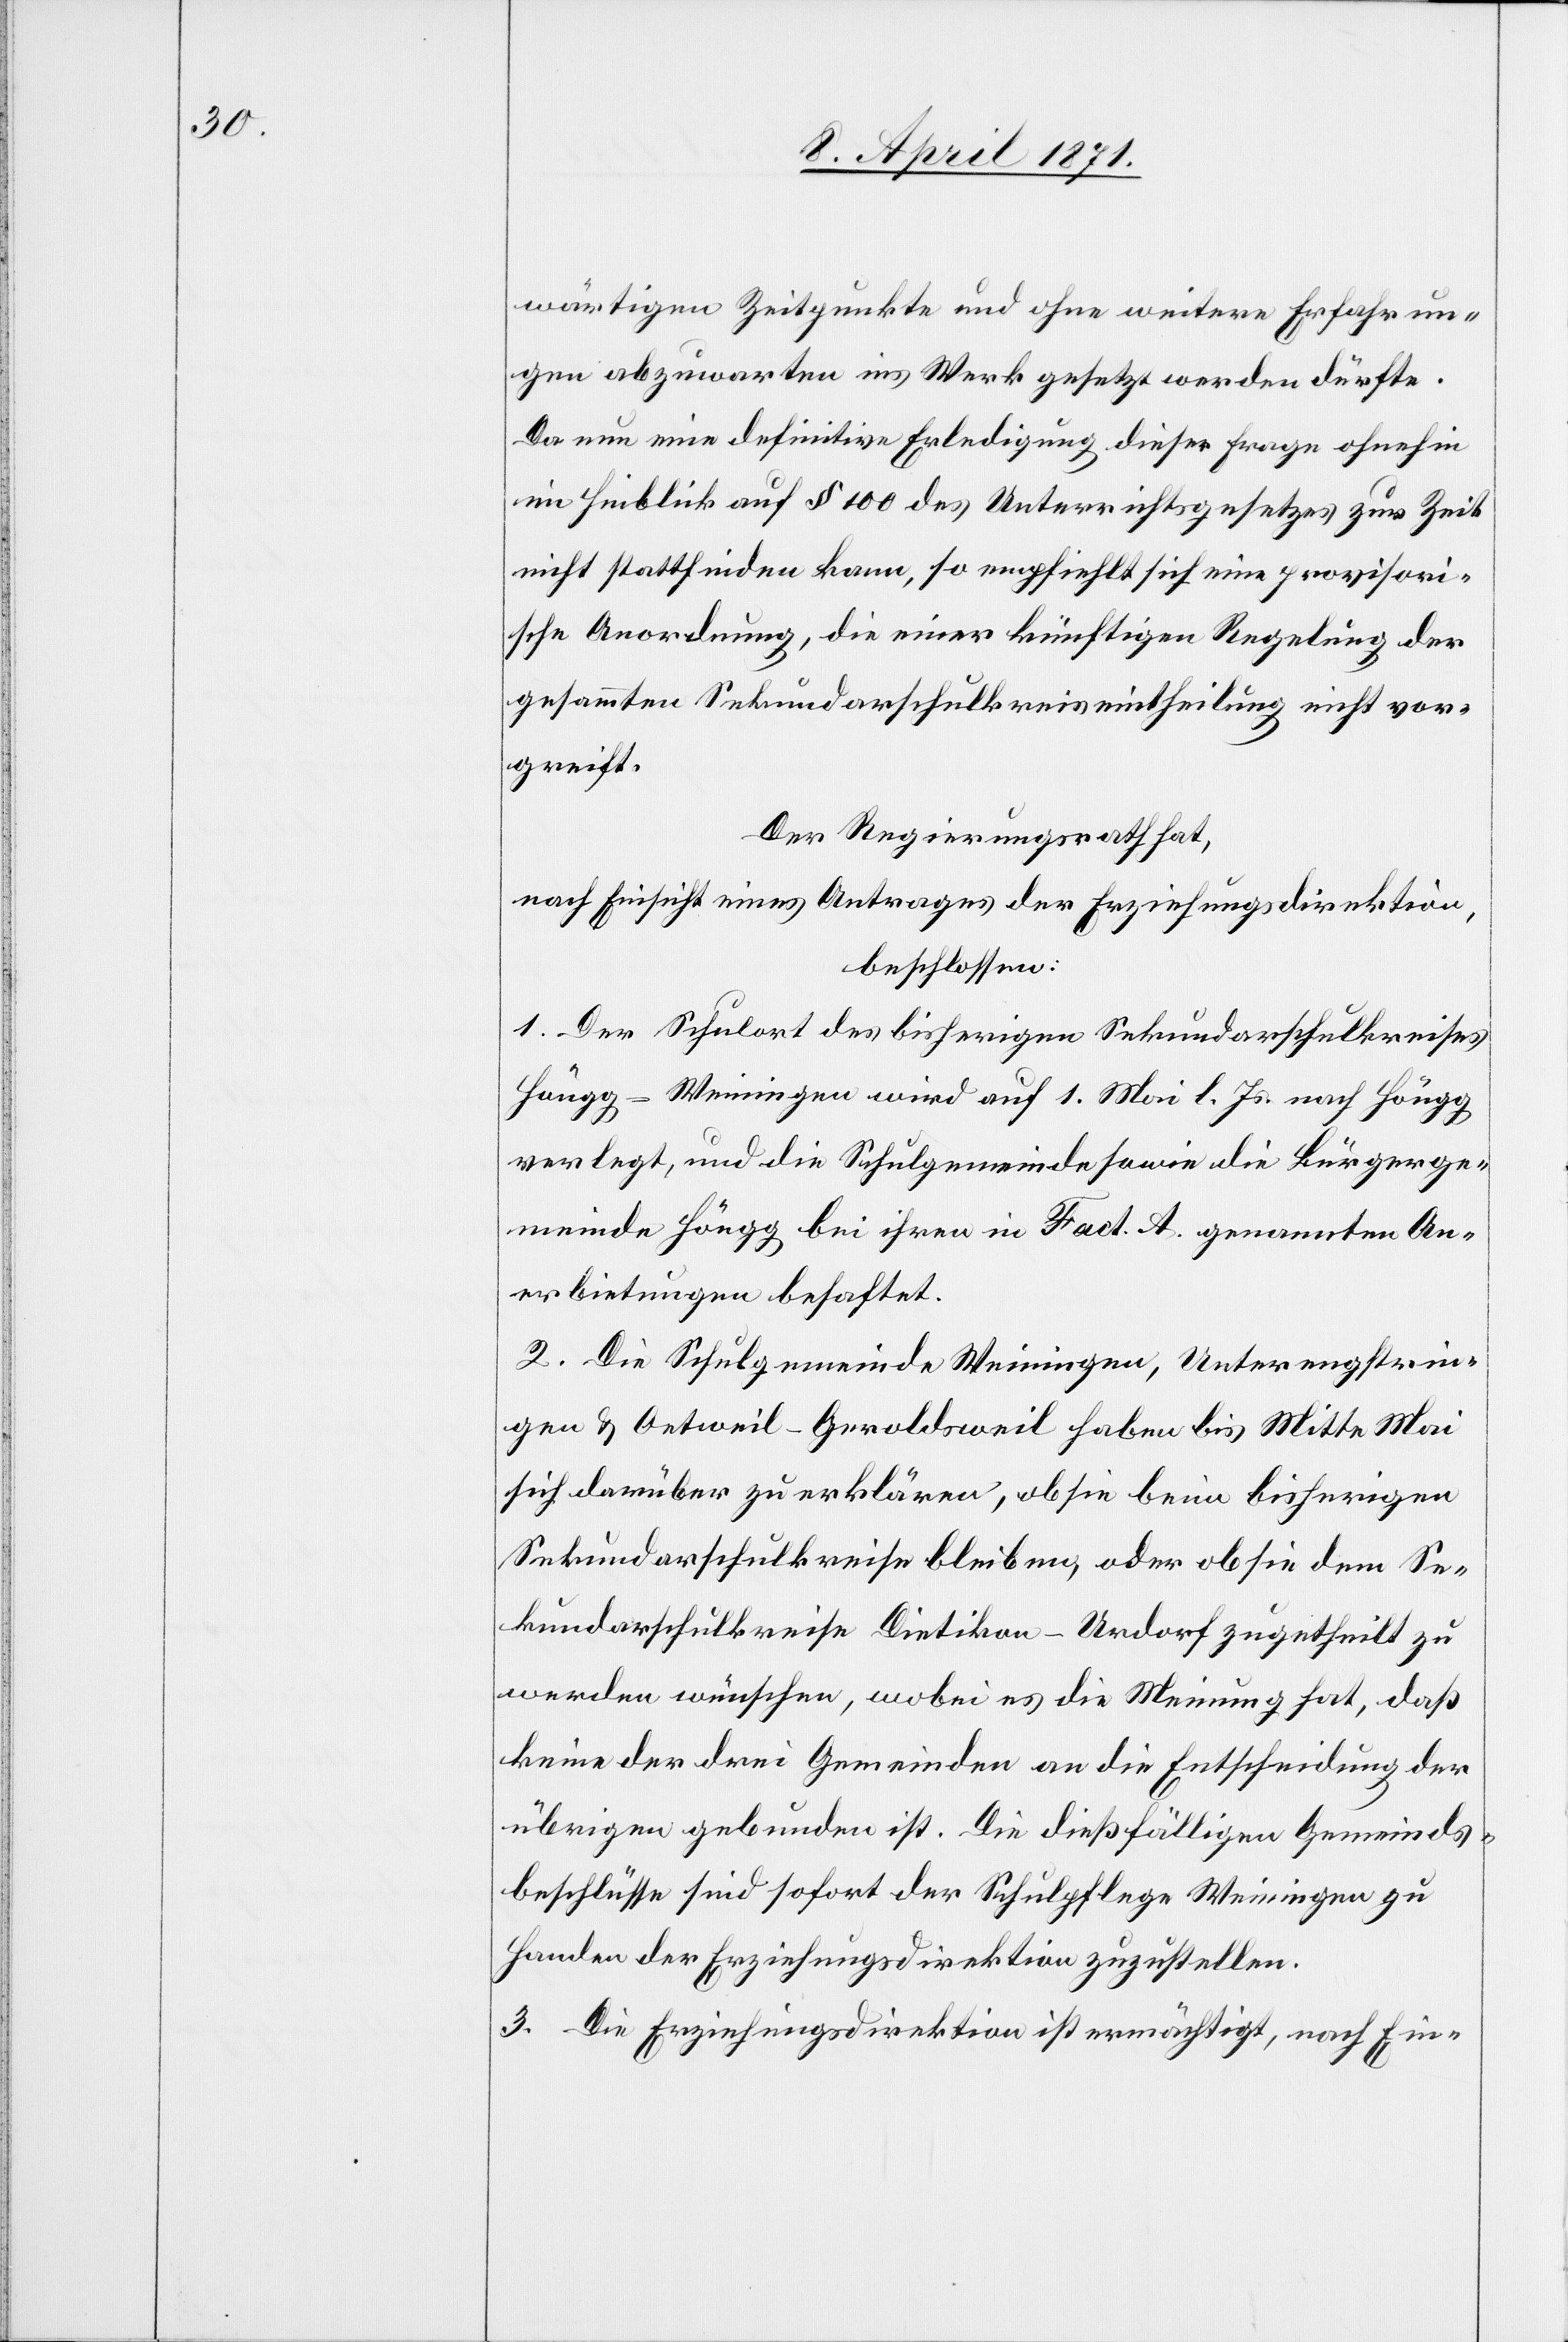
wärtigen Zeitpunkte und ohne weitere Erfahrun¬
gen abzuwarten ins Werk gesetzt werden dürfte.
Da nun eine definitive Erledigung dieser Frage ohnehin
im Hinblick auf § 100 des Unterrichtsgesetzes zur Zeit
nicht stattfinden kann, so empfiehlt sich eine provisori¬
sche Anordnung, die einer künftigen Regelung der
gesammten Sekundarschulkreiseintheilung nicht vor¬
greift.
Der Regierungsrath hat,
nach Einsicht eines Antrages der Erziehungsdirektion,
beschlossen:
1. Der Schulort des bisherigen Sekundarschulkreises
Höngg-Weiningen wird auf 1. Mai l. Js. nach Höngg
verlegt, und die Schulgemeinde sowie die Bürgerge¬
meinde Höngg bei ihren in Fact. A genannten An¬
erbietungen behaftet.
2. Die Schulgemeinde Weiningen, Unterengstrin¬
gen u. Oetweil-Geroldsweil haben bis Mitte Mai
sich darüber zu erklären, ob sie beim bisherigen
Sekundarschulkreis bleiben, oder ob sie dem Se¬
kundarschulkreise Dietikon-Urdorf zugetheilt zu
werden wünschen, wobei es die Meinung hat, daß
keine der drei Gemeinden an die Entscheidung der
übrigen gebunden ist. Die dießfälligen Gemeinds¬
beschlüsse sind sofort der Schulpflege Weiningen zu
Handen der Erziehungsdirektion zuzustellen.
3. Die Erziehungsdirektion ist ermächtigt, nach Ein-